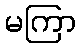
မကြာ